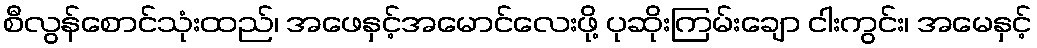
စီလွန်စောင်သုံးထည်၊ အဖေနှင့်အမောင်လေးဖို့ ပုဆိုးကြမ်းချော ငါးကွင်း၊ အမေနှင့်